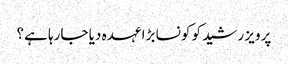
پرویز رشید کو کونسا بڑا عہدہ دیا جارہا ہے؟